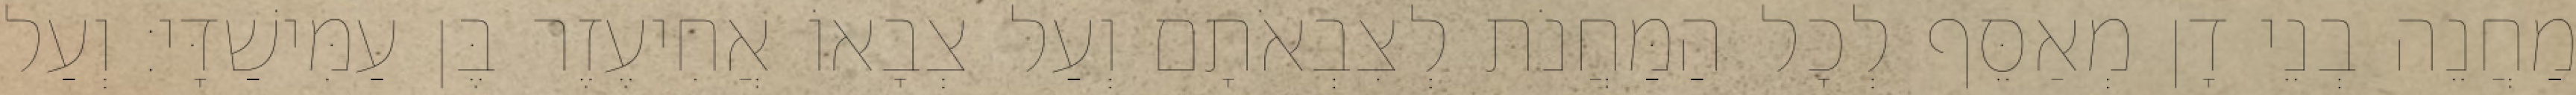
מַחֲנֵה בְנֵי דָן מְאַסֵּף לְכָל הַמַּחֲנֹת לְצִבְאֹתָם וְעַל צְבָאוֹ אֲחִיעֶזֶר בֶּן עַמִּישַׁדָּי׃ וְעַל